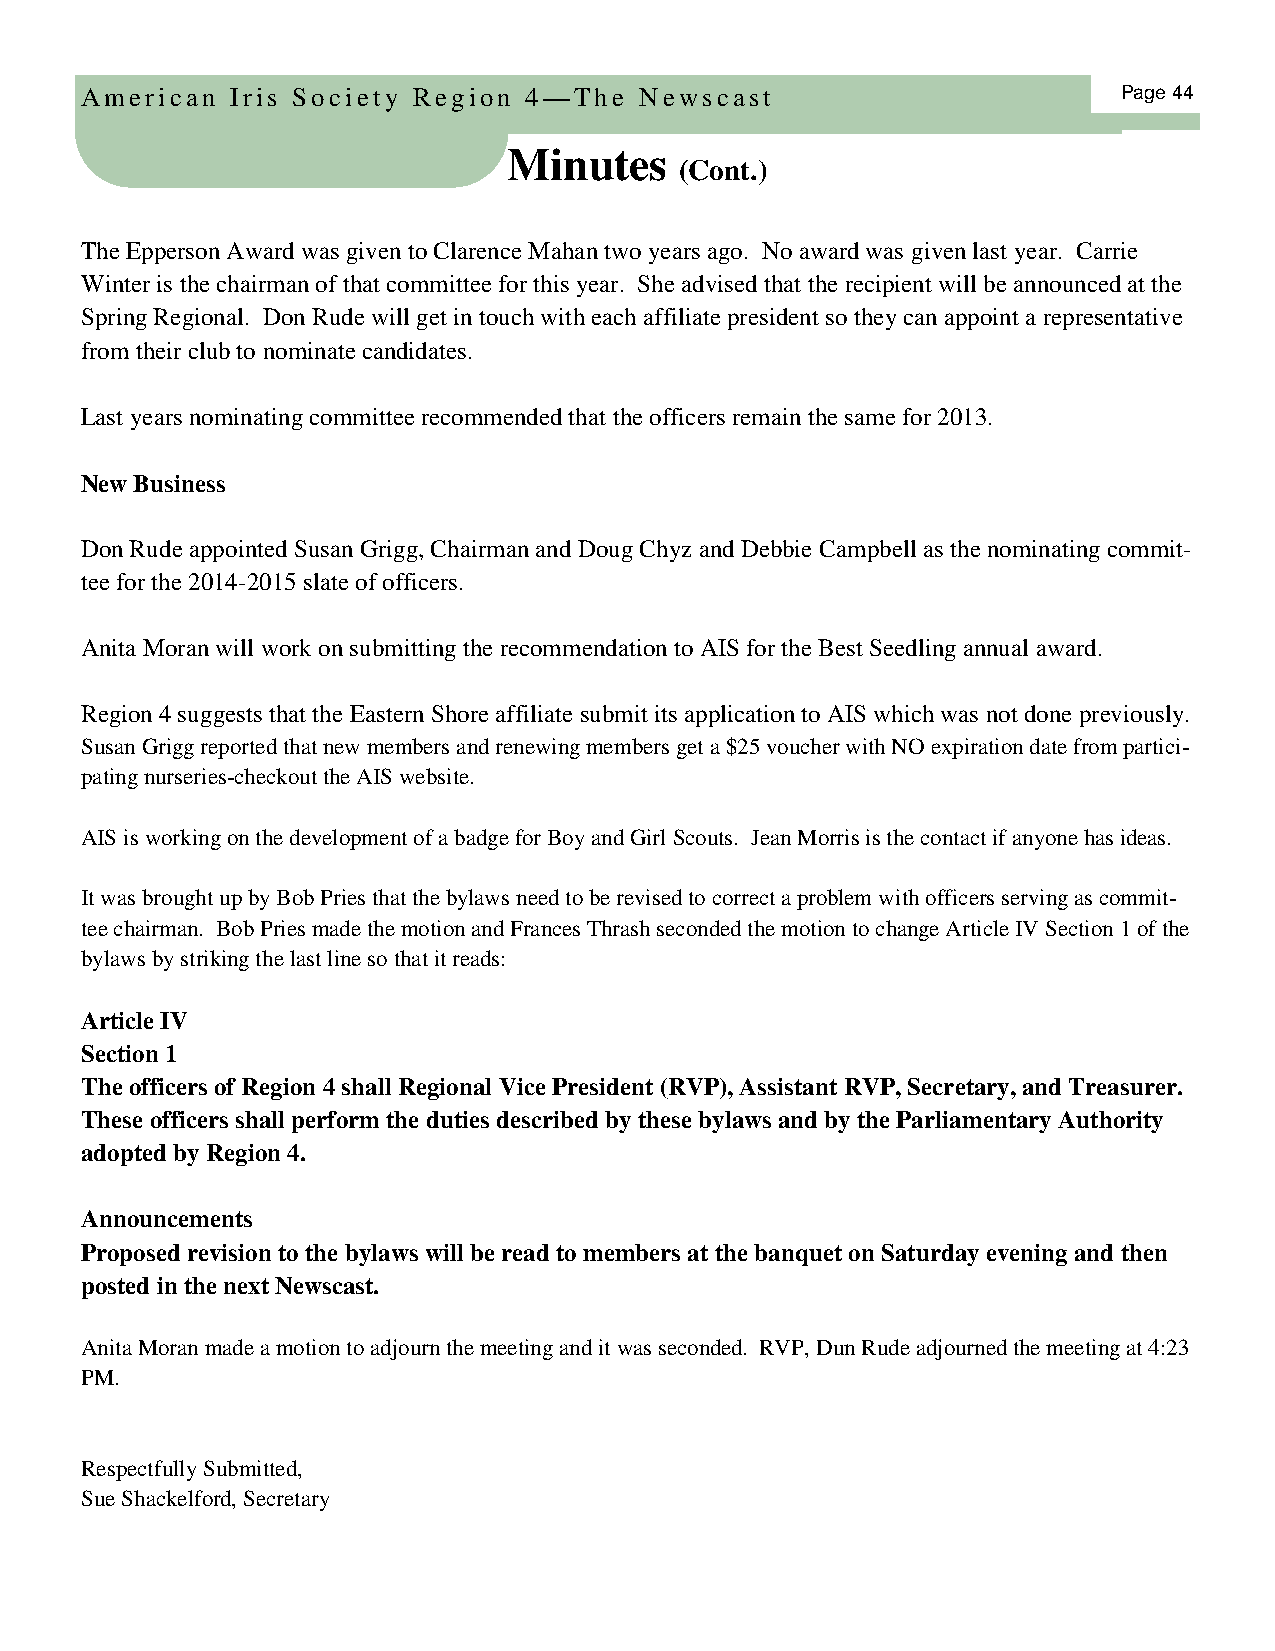
American  Iris Society Region 4—The  Newscast                        Page 44
 Minutes
 (Cont.)
 The Epperson Award was given to Clarence Mahan two years ago. No award was given last year. Carrie
 Winter is the chairman of that committee for this year. She advised that the recipient will be announced at the
 Spring Regional. Don Rude will get in touch with each affiliate president so they can appoint a representative
 from their club to nominate candidates.
 Last years nominating committee recommended that the officers remain the same for 2013.
 New Business
 Don Rude appointed Susan Grigg, Chairman and Doug Chyz and Debbie Campbell as the nominating commit-
 tee for the 2014-2015 slate of officers.
 Anita Moran will work on submitting the recommendation to AIS for the Best Seedling annual award.
 Region 4 suggests that the Eastern Shore affiliate submit its application to AIS which was not done previously.
 Susan Grigg reported that new members and renewing members get a $25 voucher with NO expiration date from partici-
 pating nurseries-checkout the AIS website.
 AIS is working on the development of a badge for Boy and Girl Scouts. Jean Morris is the contact if anyone has ideas.
 It was brought up by Bob Pries that the bylaws need to be revised to correct a problem with officers serving as commit-
 tee chairman. Bob Pries made the motion and Frances Thrash seconded the motion to change Article IV Section 1 of the
 bylaws by striking the last line so that it reads:
 Article IV
 Section 1
 The officers of Region 4 shall Regional Vice President (RVP), Assistant RVP, Secretary, and Treasurer.
 These officers shall perform the duties described by these bylaws and by the Parliamentary Authority
 adopted by Region 4.
 Announcements
 Proposed revision to the bylaws will be read to members at the banquet on Saturday evening and then
 posted in the next Newscast.
 Anita Moran made a motion to adjourn the meeting and it was seconded. RVP, Dun Rude adjourned the meeting at 4:23
 PM.
 Respectfully Submitted,
 Sue Shackelford, Secretary